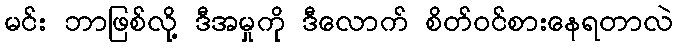
မင်း ဘာဖြစ်လို့ ဒီအမှုကို ဒီလောက် စိတ်ဝင်စားနေရတာလဲ